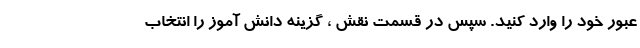
عبور خود را وارد کنید. سپس در قسمت نقش ، گزینه دانش آموز را انتخاب